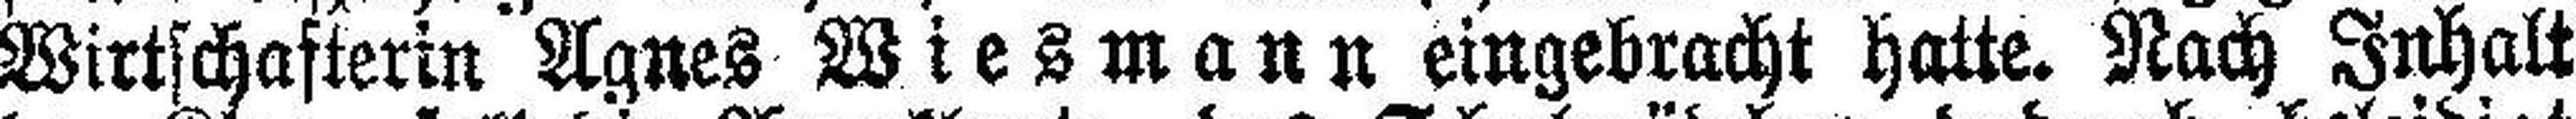
Wirtschafterin Agnes Wiesmann eingebracht hatte. Nach Inhalt